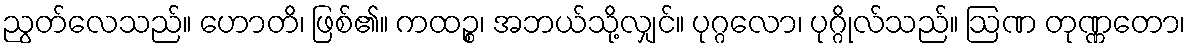
ညွတ်လေသည်။ ဟောတိ၊ ဖြစ်၏။ ကထဉ္စ၊ အဘယ်သို့လျှင်။ ပုဂ္ဂလော၊ ပုဂ္ဂိုလ်သည်။ ဩဏ တုဏ္ဏတော၊